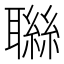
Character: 䏈